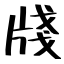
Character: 牋